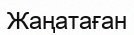
Жаңатаған